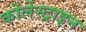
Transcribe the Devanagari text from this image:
कोलेस्ट्राइन